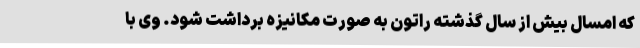
که امسال بیش از سال گذشته راتون به صورت مکانیزه برداشت شود. وی با